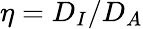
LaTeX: \eta=D_{I}/D_{A}